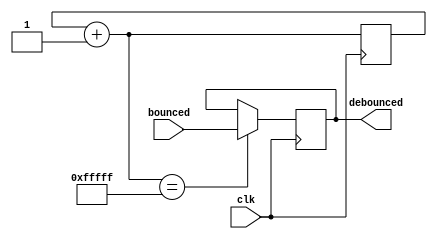
module debounce(clk,bounced,debounced);

	input [1:0]bounced;
	input clk;
	reg [19:0]i;
	reg [1:0]debouncedW;
	output [1:0]debounced;

	always@(posedge clk)
		begin
			
			i=i+1;
			
			if(i==20'hfffff)
				debouncedW=bounced;
			
		end
		
	assign debounced=debouncedW;

endmodule